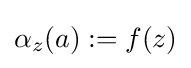
{\alpha _{z}}(a):=f(z)